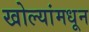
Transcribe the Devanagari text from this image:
खोल्यांमधून